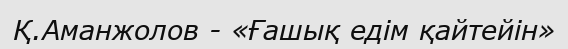
Қ.Аманжолов - «Ғашық едім қайтейін»